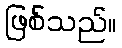
ဖြစ်သည်။